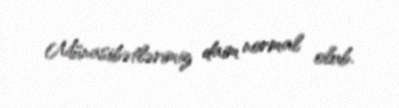
Münasibətlərimiz daim normal olub.